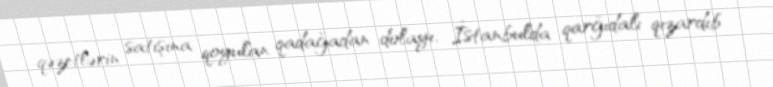
qəzetlərin satışına qoyulan qadağadan dolayı, İstanbulda qarğıdalı qızardıb